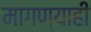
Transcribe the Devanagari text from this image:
मागण्याही